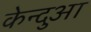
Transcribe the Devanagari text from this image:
केन्‍दुआ